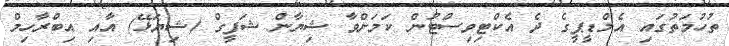
ތުހުމަތުގައި އެމްޑީޕީގެ ދެ އެކްޓިވިސްޓުން ކަމަށްވާ ޝިޔާން ޝަފީގް (ޝިޔަޅޭ) އާއި އިބްރާހިމް